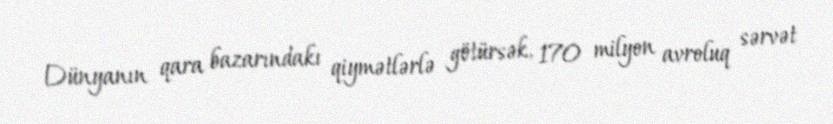
Dünyanın qara bazarındakı qiymətlərlə götürsək, 170 milyon avroluq sərvət